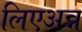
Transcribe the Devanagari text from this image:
लिएअन्न